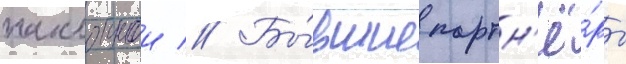
наклоннои // Бы́вшие партн'ё́ры